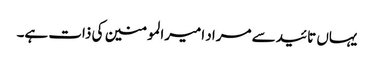
یہاں تائید سے مراد امیرالمومنین کی ذات ہے۔